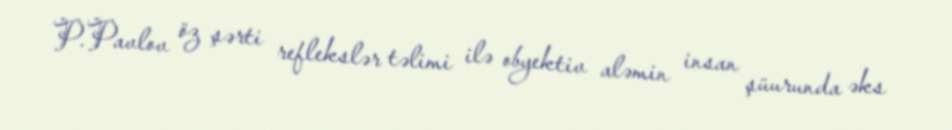
P.Pavlov öz şərti reflekslər təlimi ilə obyektiv aləmin insan şüurunda əks